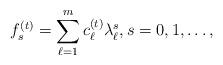
LaTeX: \begin{align*}f_{s}^{(t)}=\sum_{\ell=1}^{m}c_{\ell}^{(t)}\lambda_{\ell}^{s},s=0,1,\dots,\end{align*}